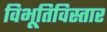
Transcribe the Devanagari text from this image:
विभूतिविस्तार